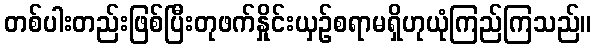
တစ်ပါးတည်းဖြစ်ပြီးတုဖက်နှိုင်းယှဉ်စရာမရှိဟုယုံကြည်ကြသည်။